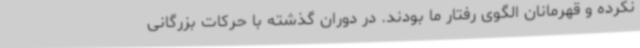
نکرده و قهرمانان الگوی رفتار ما بودند. در دوران گذشته با حرکات بزرگانی